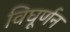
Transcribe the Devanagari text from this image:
विघूर्णन